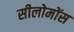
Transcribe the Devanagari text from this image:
सीलोमोंस